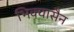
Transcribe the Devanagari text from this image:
भिक्यासैन